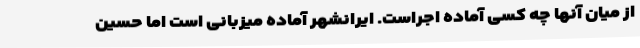
از میان آنها چه کسی آماده اجراست. ایرانشهر آماده میزبانی است اما حسین